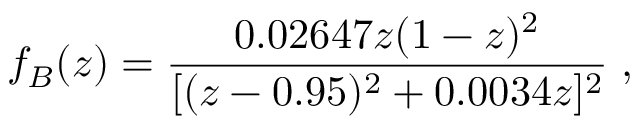
f _ { B } ( z ) = \frac { 0 . 0 2 6 4 7 z ( 1 - z ) ^ { 2 } } { [ ( z - 0 . 9 5 ) ^ { 2 } + 0 . 0 0 3 4 z ] ^ { 2 } } \; ,